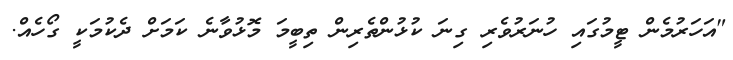
"އަހަރުމެން ޓީމުގައި ހުނަރުވެރި ގިނަ ކުޅުންތެރިން ތިބީމަ މޮޅުވާނެ ކަމަށް ދެކުމަކީ ގޯހެއް.